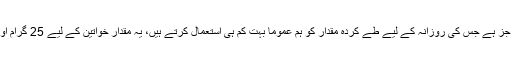
تحقیق کے مطابق فائبر ایک ایسا جز ہے جس کی روزانہ کے لیے طے کردہ مقدار کو ہم عموماً بہت کم ہی استعمال کرتے ہیں، یہ مقدار خواتین کے لیے 25 گرام اور مردوں کے لیے 38 گرام ہے۔